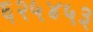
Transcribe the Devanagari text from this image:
६२५४५३